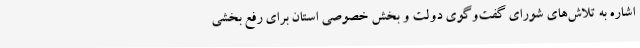
اشاره به تلاش‌های شورای گفت‌وگوی دولت و بخش خصوصی استان برای رفع بخشی